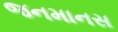
જનમાનસ